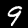
Label: 9